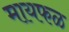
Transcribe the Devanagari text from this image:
मायफळ